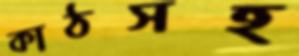
কাঠসহ